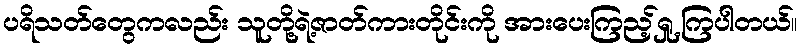
ပရိသတ်တွေကလည်း သူတို့ရဲ့ဇာတ်ကားတိုင်းကို အားပေးကြည့်ရှု့ကြပါတယ်။